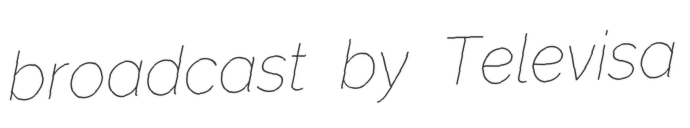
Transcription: broadcast by Televisa